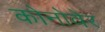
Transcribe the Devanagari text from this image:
कोनोवेर